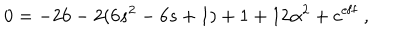
0 = - 2 6 - 2 ( 6 s ^ { 2 } - 6 s + 1 ) + 1 + 1 2 \alpha ^ { 2 } + c ^ { \mathrm { e f f } } \ ,